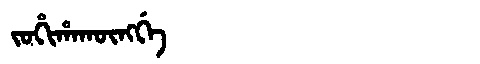
Manchu: ᠵᠣᡥᡳᡥᠠᡴᡡᠩᡤᡝ
Romanization: JOHIHAKŪNGGE